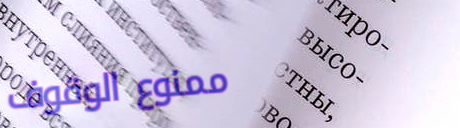
ممنوع الوقوف